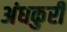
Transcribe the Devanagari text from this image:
अंधकुरी